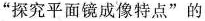
”探究平面镜成像特点”的